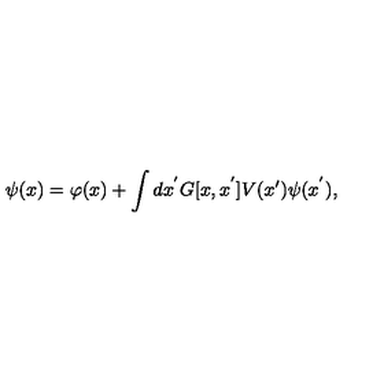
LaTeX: \psi ( x ) = \varphi ( x ) + \int d x ^ { ' } G [ x , x ^ { ' } ] V ( x ^ { \prime } ) \psi ( x ^ { ' } ) ,